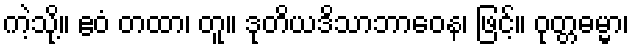
ကဲ့သို့။ ဧဝံ တထာ၊ တူ။ ဒုတိယဒိသာဘာဝေန၊ ဖြင့်။ ဝုတ္တဓမ္မာ၊